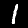
Label: 1